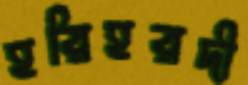
হরিহরদী